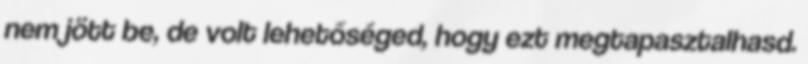
nem jött be, de volt lehetőséged, hogy ezt megtapasztalhasd.